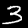
Digit: 3